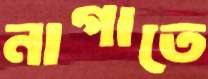
নাগাতে